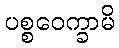
ပစ္စဝေက္ခာမိ